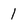
Character: 1